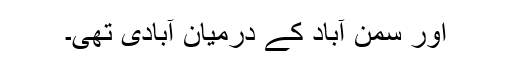
اور سمن آباد کے درمیان آبادی تھی۔